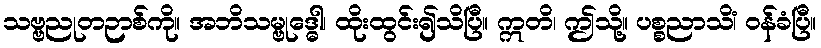
သဗ္ဗညုတဉာစ်ကို။ အဘိသမ္ဗုဒ္ဓေါ၊ ထိုးထွင်း၍သိပြီ။ ဣတိ၊ ဤသို့။ ပစ္စညာသိံ၊ ဝန်ခံပြီ။